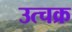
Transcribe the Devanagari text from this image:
उत्चक्र